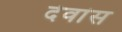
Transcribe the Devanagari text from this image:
देवांस